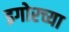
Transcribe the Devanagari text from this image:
इगोरच्या